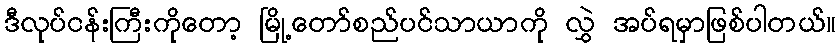
ဒီလုပ်ငန်းကြီးကိုတော့ မြို့တော်စည်ပင်သာယာကို လွှဲ အပ်ရမှာဖြစ်ပါတယ်။